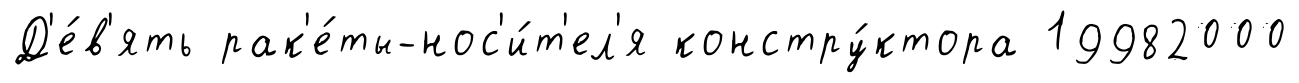
Д'е́в'ять рак'е́ты-нос'и́т'ел'я констру́ктора 19982000